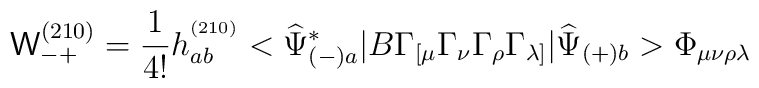
{\mathsf W}^{(210)}_{-+}=\frac{1}{4!}h^{^{(210)}}_{ab}<\widehat{\Psi}_{(-)a}^*|B\Gamma_{[\mu}\Gamma_{\nu}\Gamma_{\rho}\Gamma_{\lambda]}|\widehat{\Psi}_{(+)b}>\Phi_{\mu\nu\rho\lambda}